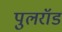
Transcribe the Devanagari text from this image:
पुलरॉड